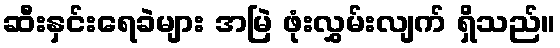
ဆီးနှင်းရေခဲများ အမြဲ ဖုံးလွှမ်းလျက် ရှိသည်။